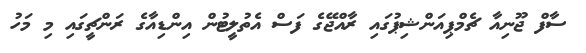
ސާފް ޖޫނިއާ ޗެމްޕިއަންޝިޕުގައި ރާއްޖޭގެ ފަސް އެތުލީޓުން އިންޑިއާގެ ރަންޗީގައި މި މަހު